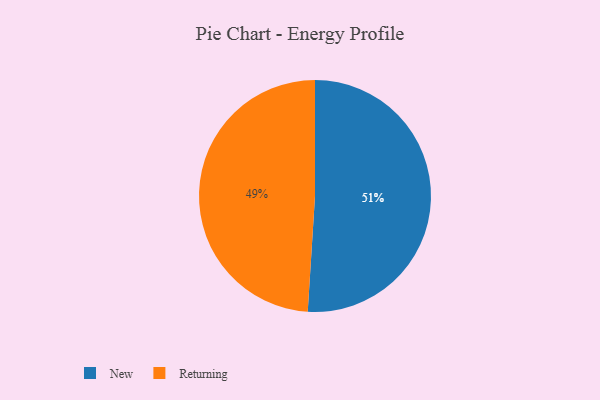
{"axis": {"x": "Category", "y": "Percentage"}, "legend": ["New", "Returning"], "data": [{"x": "Returning", "y": 49, "type": "Returning"}, {"x": "New", "y": 51, "type": "New"}]}